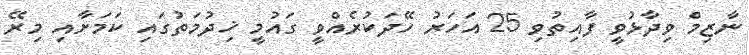
ނާޒިމް ވިދާޅުވީ ފާއިތުވި 25 އަހަރު ހޭދަކުރެއްވީ ގައުމީ ޚިދުމަތުގައި ކަމަށާއި މިރޭ